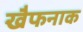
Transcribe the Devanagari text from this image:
खैफनाक